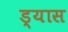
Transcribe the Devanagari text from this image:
ड्यास